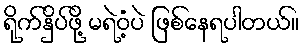
ရိုက်နှိပ်ဖို့ မရဲဝံ့ပဲ ဖြစ်နေရပါတယ်။